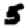
Digit: 5